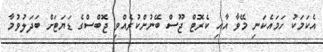
އެކަމަކު ހަމައެކަނި މޭވާ އާއި ކެރޮޓް ޖޫސް ބޭނުންކުރެއްވި ޖޮބްސްގެ ޑަޔަޓަށް ބަދަލުވުމާ